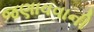
જણાવવાની